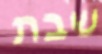
שבת